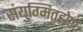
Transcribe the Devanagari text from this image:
संयुग्मितहोता